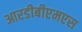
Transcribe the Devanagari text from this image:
आरडीबीएमएस